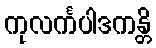
ကုလင်္ကပါဒကန္တိ